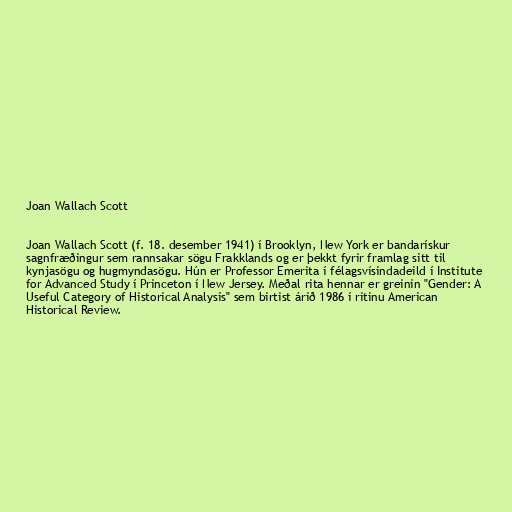
Joan Wallach Scott

Joan Wallach Scott (f. 18. desember 1941) í Brooklyn, New York er bandarískur
sagnfræðingur sem rannsakar sögu Frakklands og er þekkt fyrir framlag sitt til
kynjasögu og hugmyndasögu. Hún er Professor Emerita í félagsvísindadeild í Institute
for Advanced Study í Princeton í New Jersey. Meðal rita hennar er greinin "Gender: A
Useful Category of Historical Analysis" sem birtist árið 1986 í ritinu American
Historical Review.